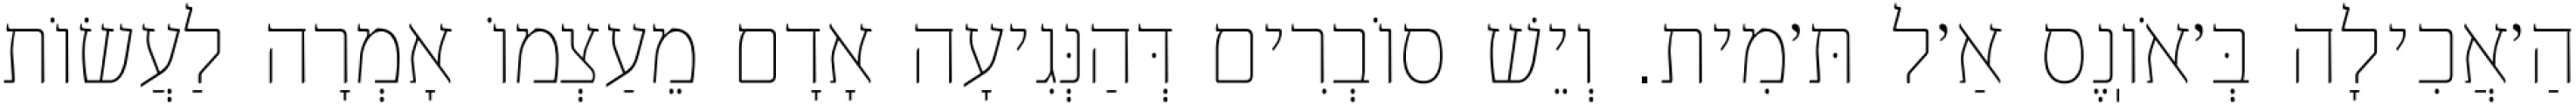
הַ׳אֲכִילָה בְּ׳אֹוֽנֶס אַ׳ל תּ׳מִית. וְיֵשׁ סוֹבְרִים דְּהַנְּגִיעָה אָדָם מֵעַצְמוֹ אָמְרָה לַעֲשׂוֹת